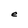
Character: e